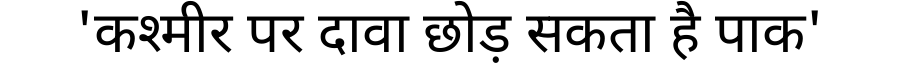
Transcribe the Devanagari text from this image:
'कश्मीर पर दावा छोड़ सकता है पाक'